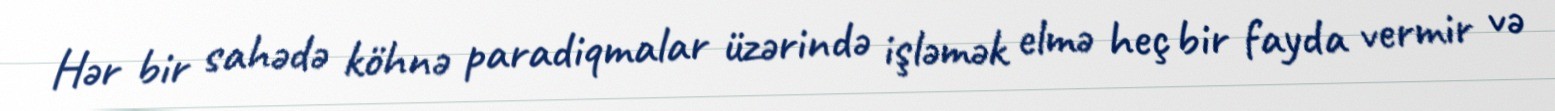
Hər bir sahədə köhnə paradiqmalar üzərində işləmək elmə heç bir fayda vermir və